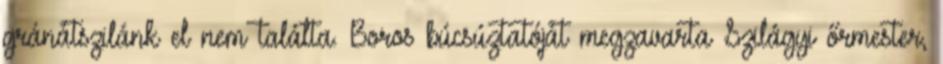
gránátszilánk el nem találta. Boros búcsúztatóját megzavarta Szilágyi őrmester,